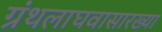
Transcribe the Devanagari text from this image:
ग्रंथलाघवासारख्या